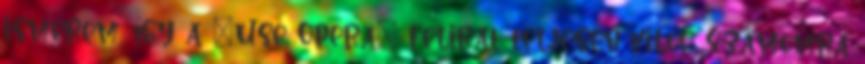
ismerem, így a "Use Opera" felirat teljesen kilóg számomra